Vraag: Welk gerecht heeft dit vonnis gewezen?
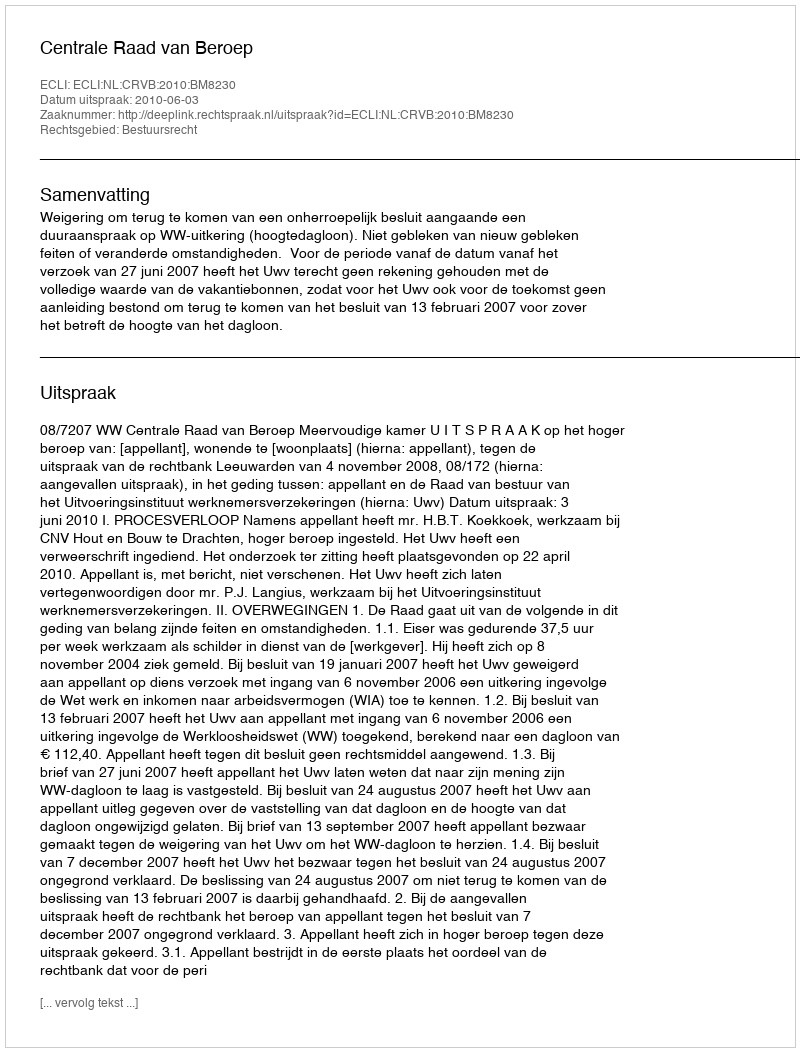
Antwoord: Centrale Raad van Beroep